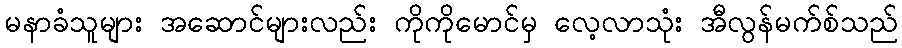
မနာခံသူများ အဆောင်များလည်း ကိုကိုမောင်မှ လေ့လာသုံး အီလွန်မက်စ်သည်